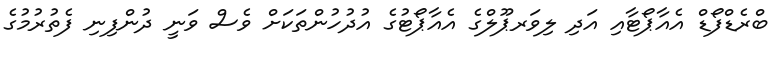
ބްރެޑްފޯޑް އެއާޕޯޓާއި އަދި ލިވަރޕޫލްގެ އެއާޕޯޓުގެ އުދުހުންތަކަށް ވެސް ވަނީ ދުންފިނި ފެތުރުމުގެ